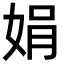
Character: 娟